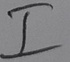
Text: I